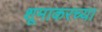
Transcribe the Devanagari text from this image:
शूमाकरच्या